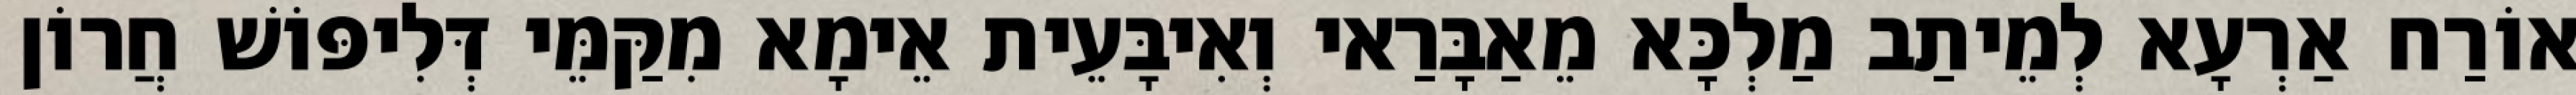
אוֹרַח אַרְעָא לְמֵיתַב מַלְכָּא מֵאַבָּרַאי וְאִיבָּעֵית אֵימָא מִקַּמֵּי דְּלִיפּוֹשׁ חֲרוֹן